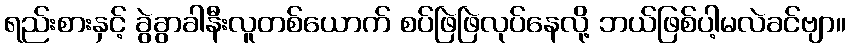
ရည်းစားနှင့် ခွဲခွာခါနီးလူတစ်ယောက် စပ်ဖြဲဖြဲလုပ်နေလို့ ဘယ်ဖြစ်ပါ့မလဲခင်ဗျာ။